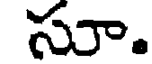
సూ.